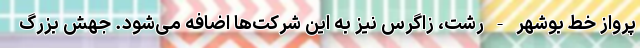
پرواز خط بوشهر - رشت، زاگرس نیز به این شرکت‌ها اضافه می‌شود. جهش بزرگ